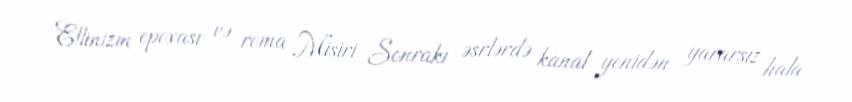
Ellinizm epoxası və roma Misiri Sonrakı əsrlərdə kanal yenidən yararsız hala